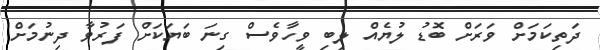
ދަތިކަމަށް ވަރަށް ބޮޑު ލުޔެއް ލިބި ވީހާވެސް ގިނަ ބަޔަކަށް ފަރުވާ ދިނުމަށް